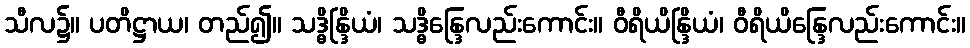
သီလ၌။ ပတိဋ္ဌာယ၊ တည်၍။ သဒ္ဓိန္ဒြိယံ၊ သဒ္ဓိန္ဒြေလည်းကောင်း။ ဝီရိယိန္ဒြိယံ၊ ဝီရိယိန္ဒြေလည်းကောင်း။